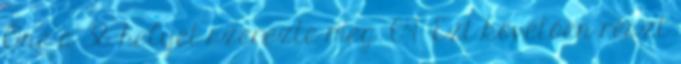
One a 38. helyet szerezte meg. 64 Ezt követően részt